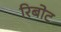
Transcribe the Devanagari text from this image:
रिबोट